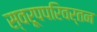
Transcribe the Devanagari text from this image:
स्वरूपपरिवर्तन